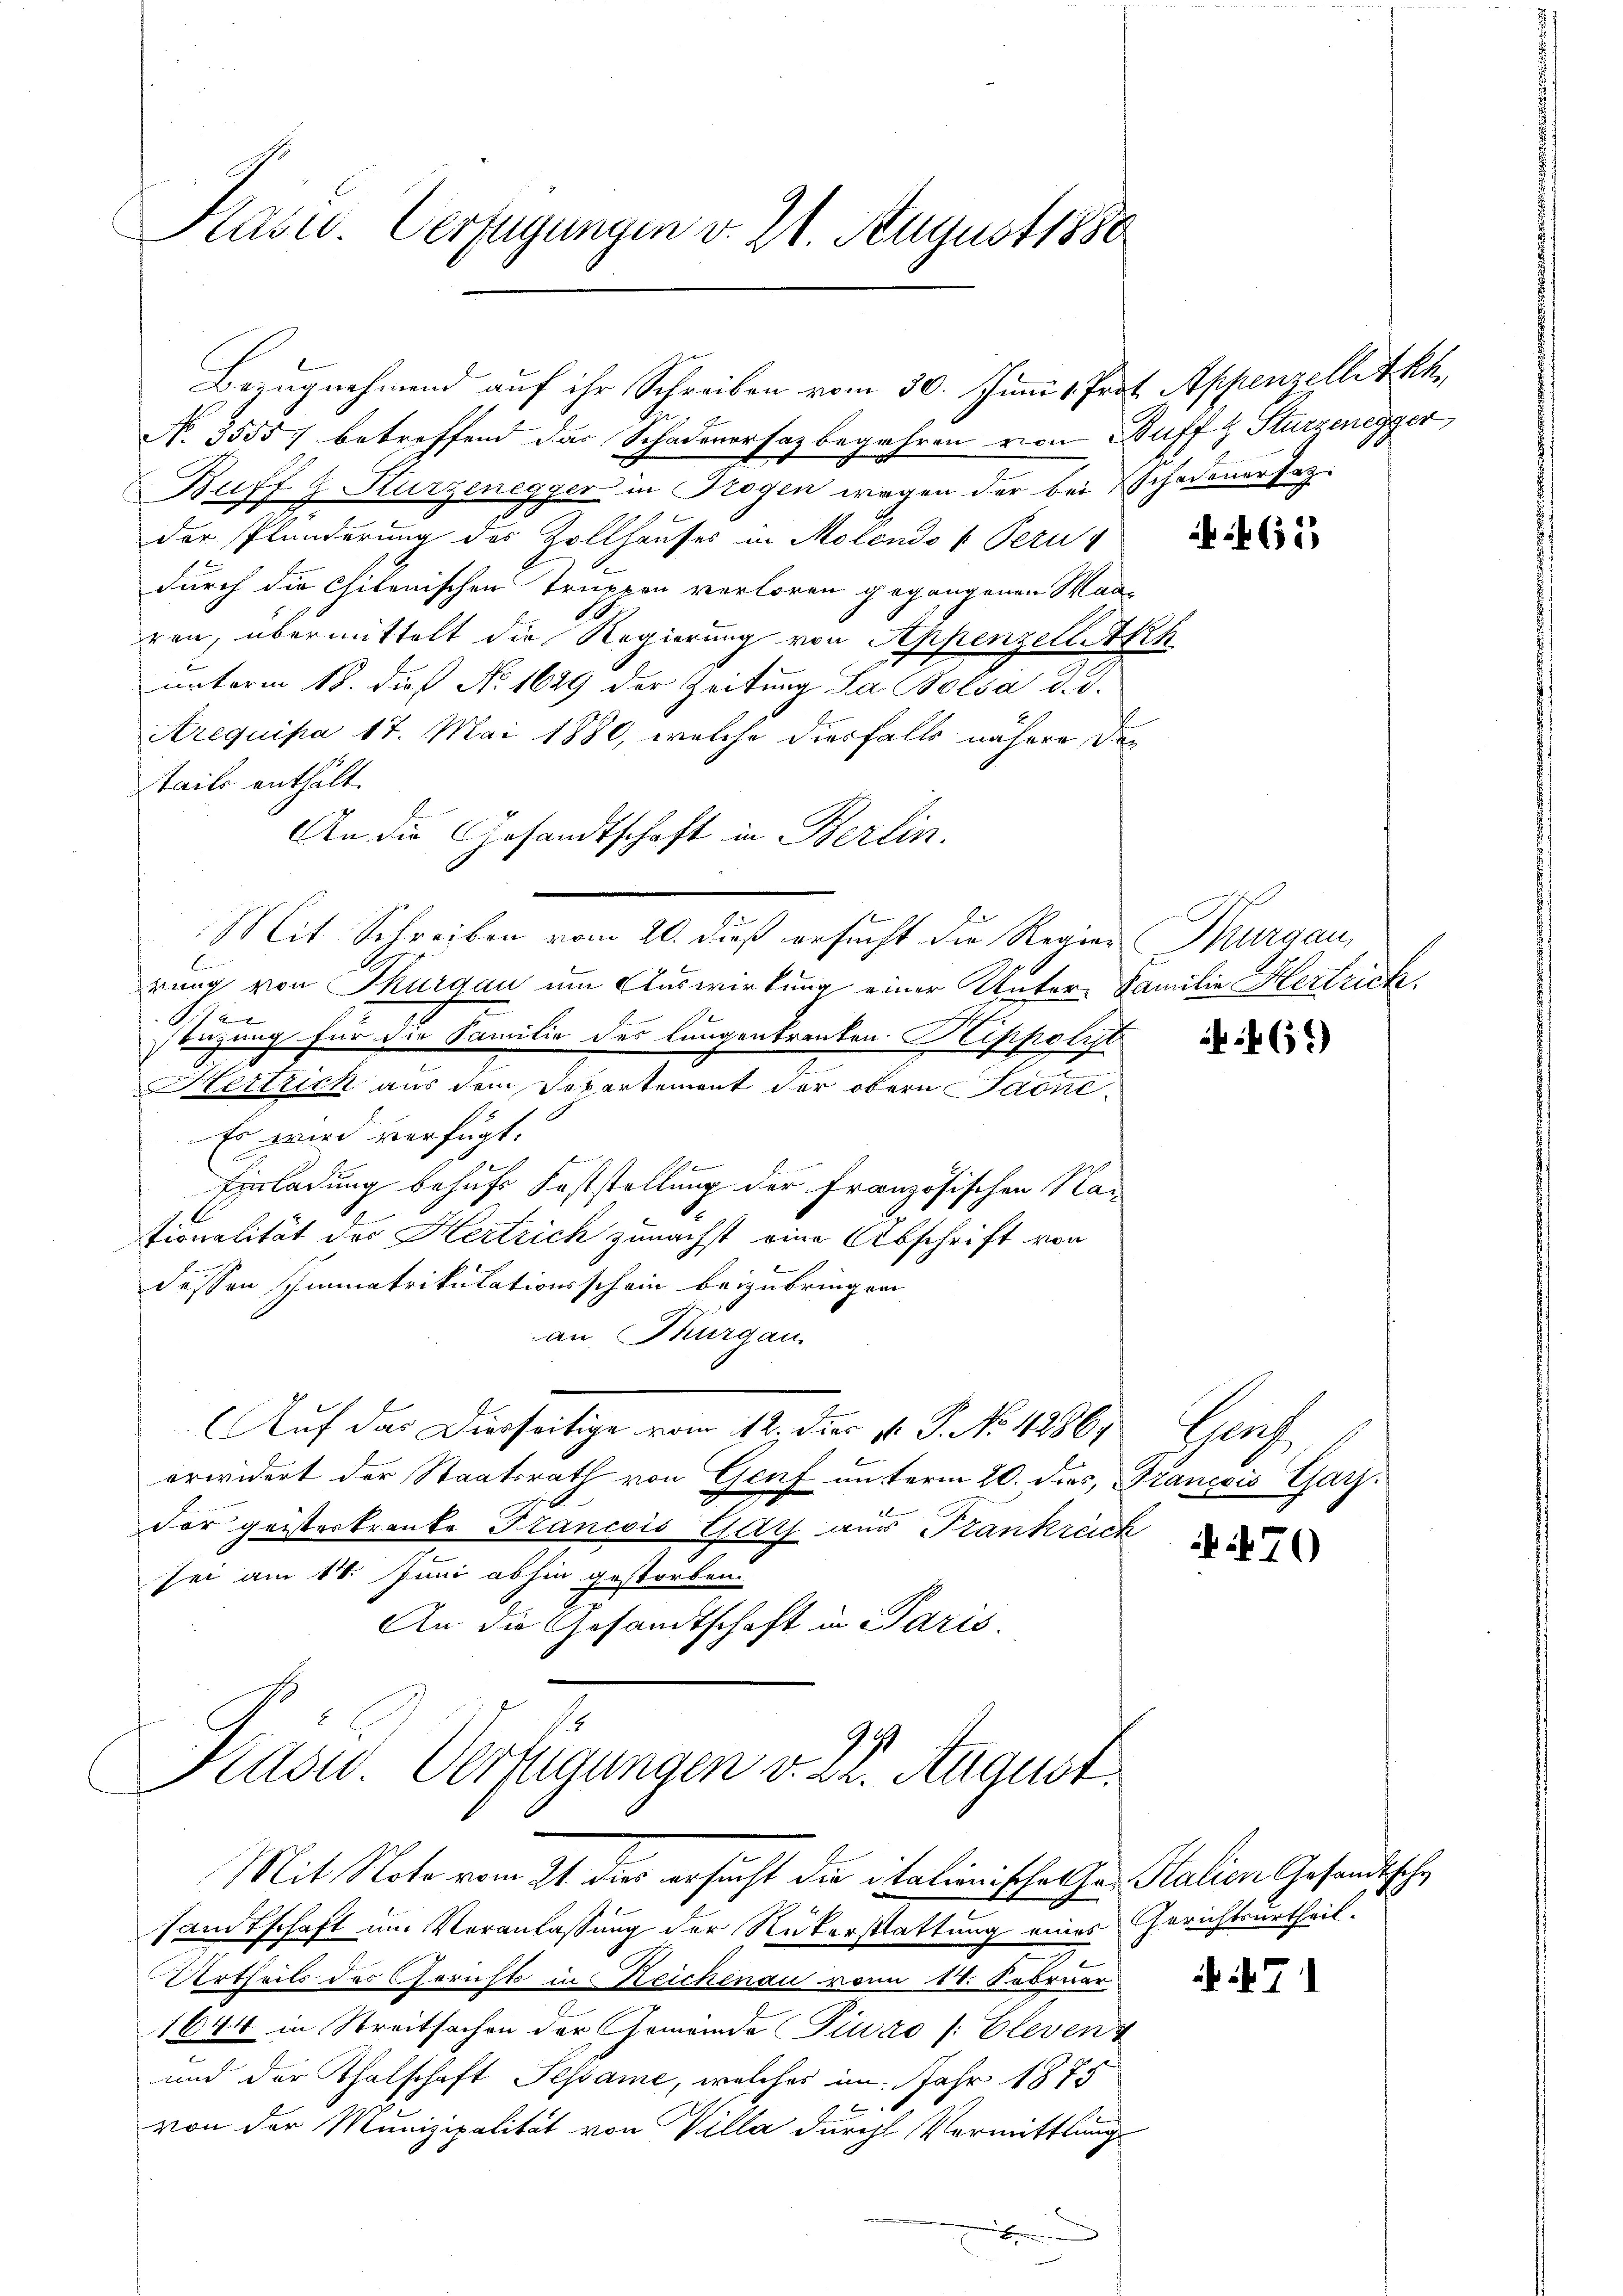
Pasiv. Verfügungen v. 21. August 1880

No. 35557 betreffend das Schadevorsaz begehren von Buff z. Sturzenegger,
Buff 9. Sturzenegger in Trogen wegen der bei schadener sag
der Plunderung des Zollhauses in Molendo u. Perudurch die Chitonischen Truppen verloren gegangenen Man-
ren, übermittelt die Regierung von Appenzell keh
unterm 18. dieß No. 1629 der Zeitung Sa Bolsa d. d.
Arequipa 17. Mai 1880, welche diesfalls nähere der
tails enthält.
An die Gesandtschaft in Berlin.
Mit Schreiben vom 20. dieß ersucht die Regier Thurgau,
E
rung von Thurgau um Auswirkung einer Unter-Familie Hertrich.
e
tezung für die Familie des lungenkranken Klippolit
Hertlich aus dem Separtement der obern Saane
Es wird verfügt:
Einladung behufs Feststellung der Französischen Nac
tionalität des Hertrich zunächst eine Abschrift von
dessen Immatrikulationsschein beizubringen
an Thurgau
Auf das Dierseitige vom 12. dies v. P. No. 4286. Genf
d
erwidert der Staatsrath von Genf unterm 20. dies, François Garz.
der geisterkrante Francois Eid aus Frankreck
sei am 18. Juni abhin gestorben
An die Gesandtschaft in Paris.

Bezugnehmend auf ihr Schreiben vom 30. Juni 1 Prot. Appenzelle Th

1
Kasw. Verfügungen v. 22. August.
Mit Note vom 21. der ersucht die italienischer zu Stalien Gesandtische

sandtschaft um Veranlassung der Rükerstattung eines Gerichtsurtheil.
Urtheils des Gerichts in Reichenau von 14. Februar
1644 in Streitsachen der Gemeinde Piuro /: Clevent
und der Thatschaft Pessame, welches im Jahr 1875
von der Munizipalität von Villa durch Vermittlung
e
F

65

465)

470

71